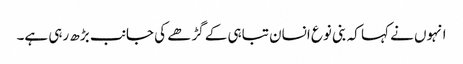
انہوں نے کہا کہ بنی نوع انسان تباہی کے گڑھے کی جانب بڑھ رہی ہے۔